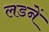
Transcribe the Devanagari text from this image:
लडनें